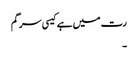
رت میں ہے کیسی سرگم
۔